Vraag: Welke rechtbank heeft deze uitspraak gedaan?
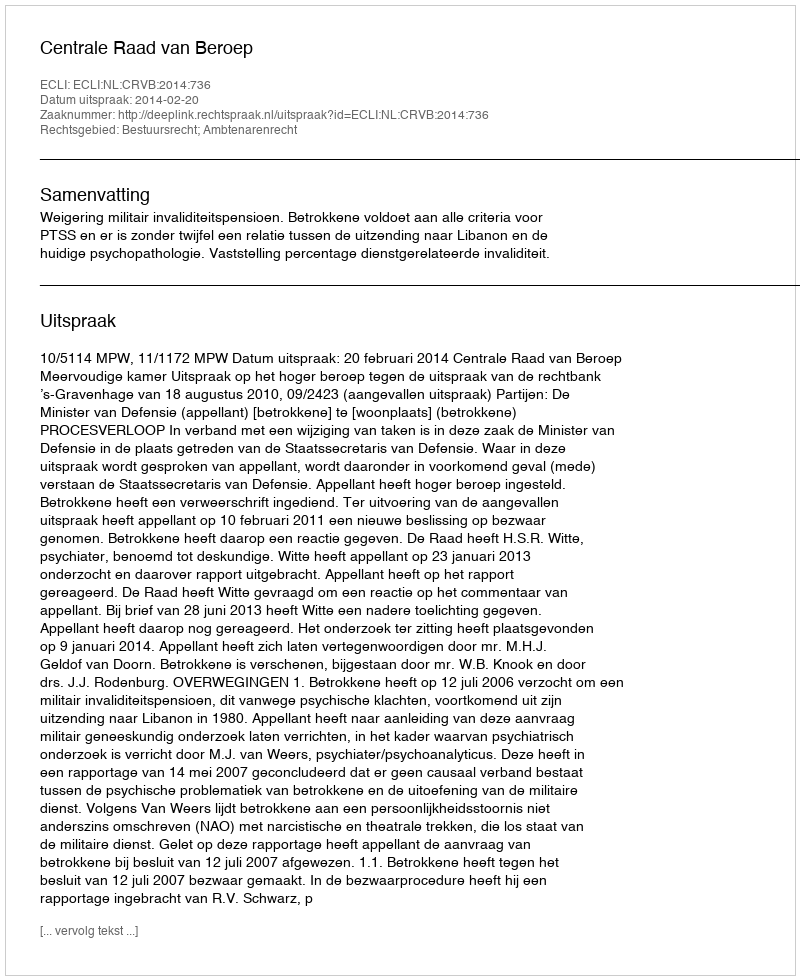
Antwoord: Centrale Raad van Beroep